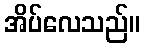
အိပ်လေသည်။